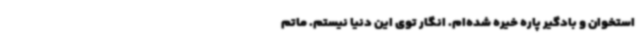
استخوان و بادگیر پاره خیره شده‌ام. انگار توی این دنیا نیستم. ماتم